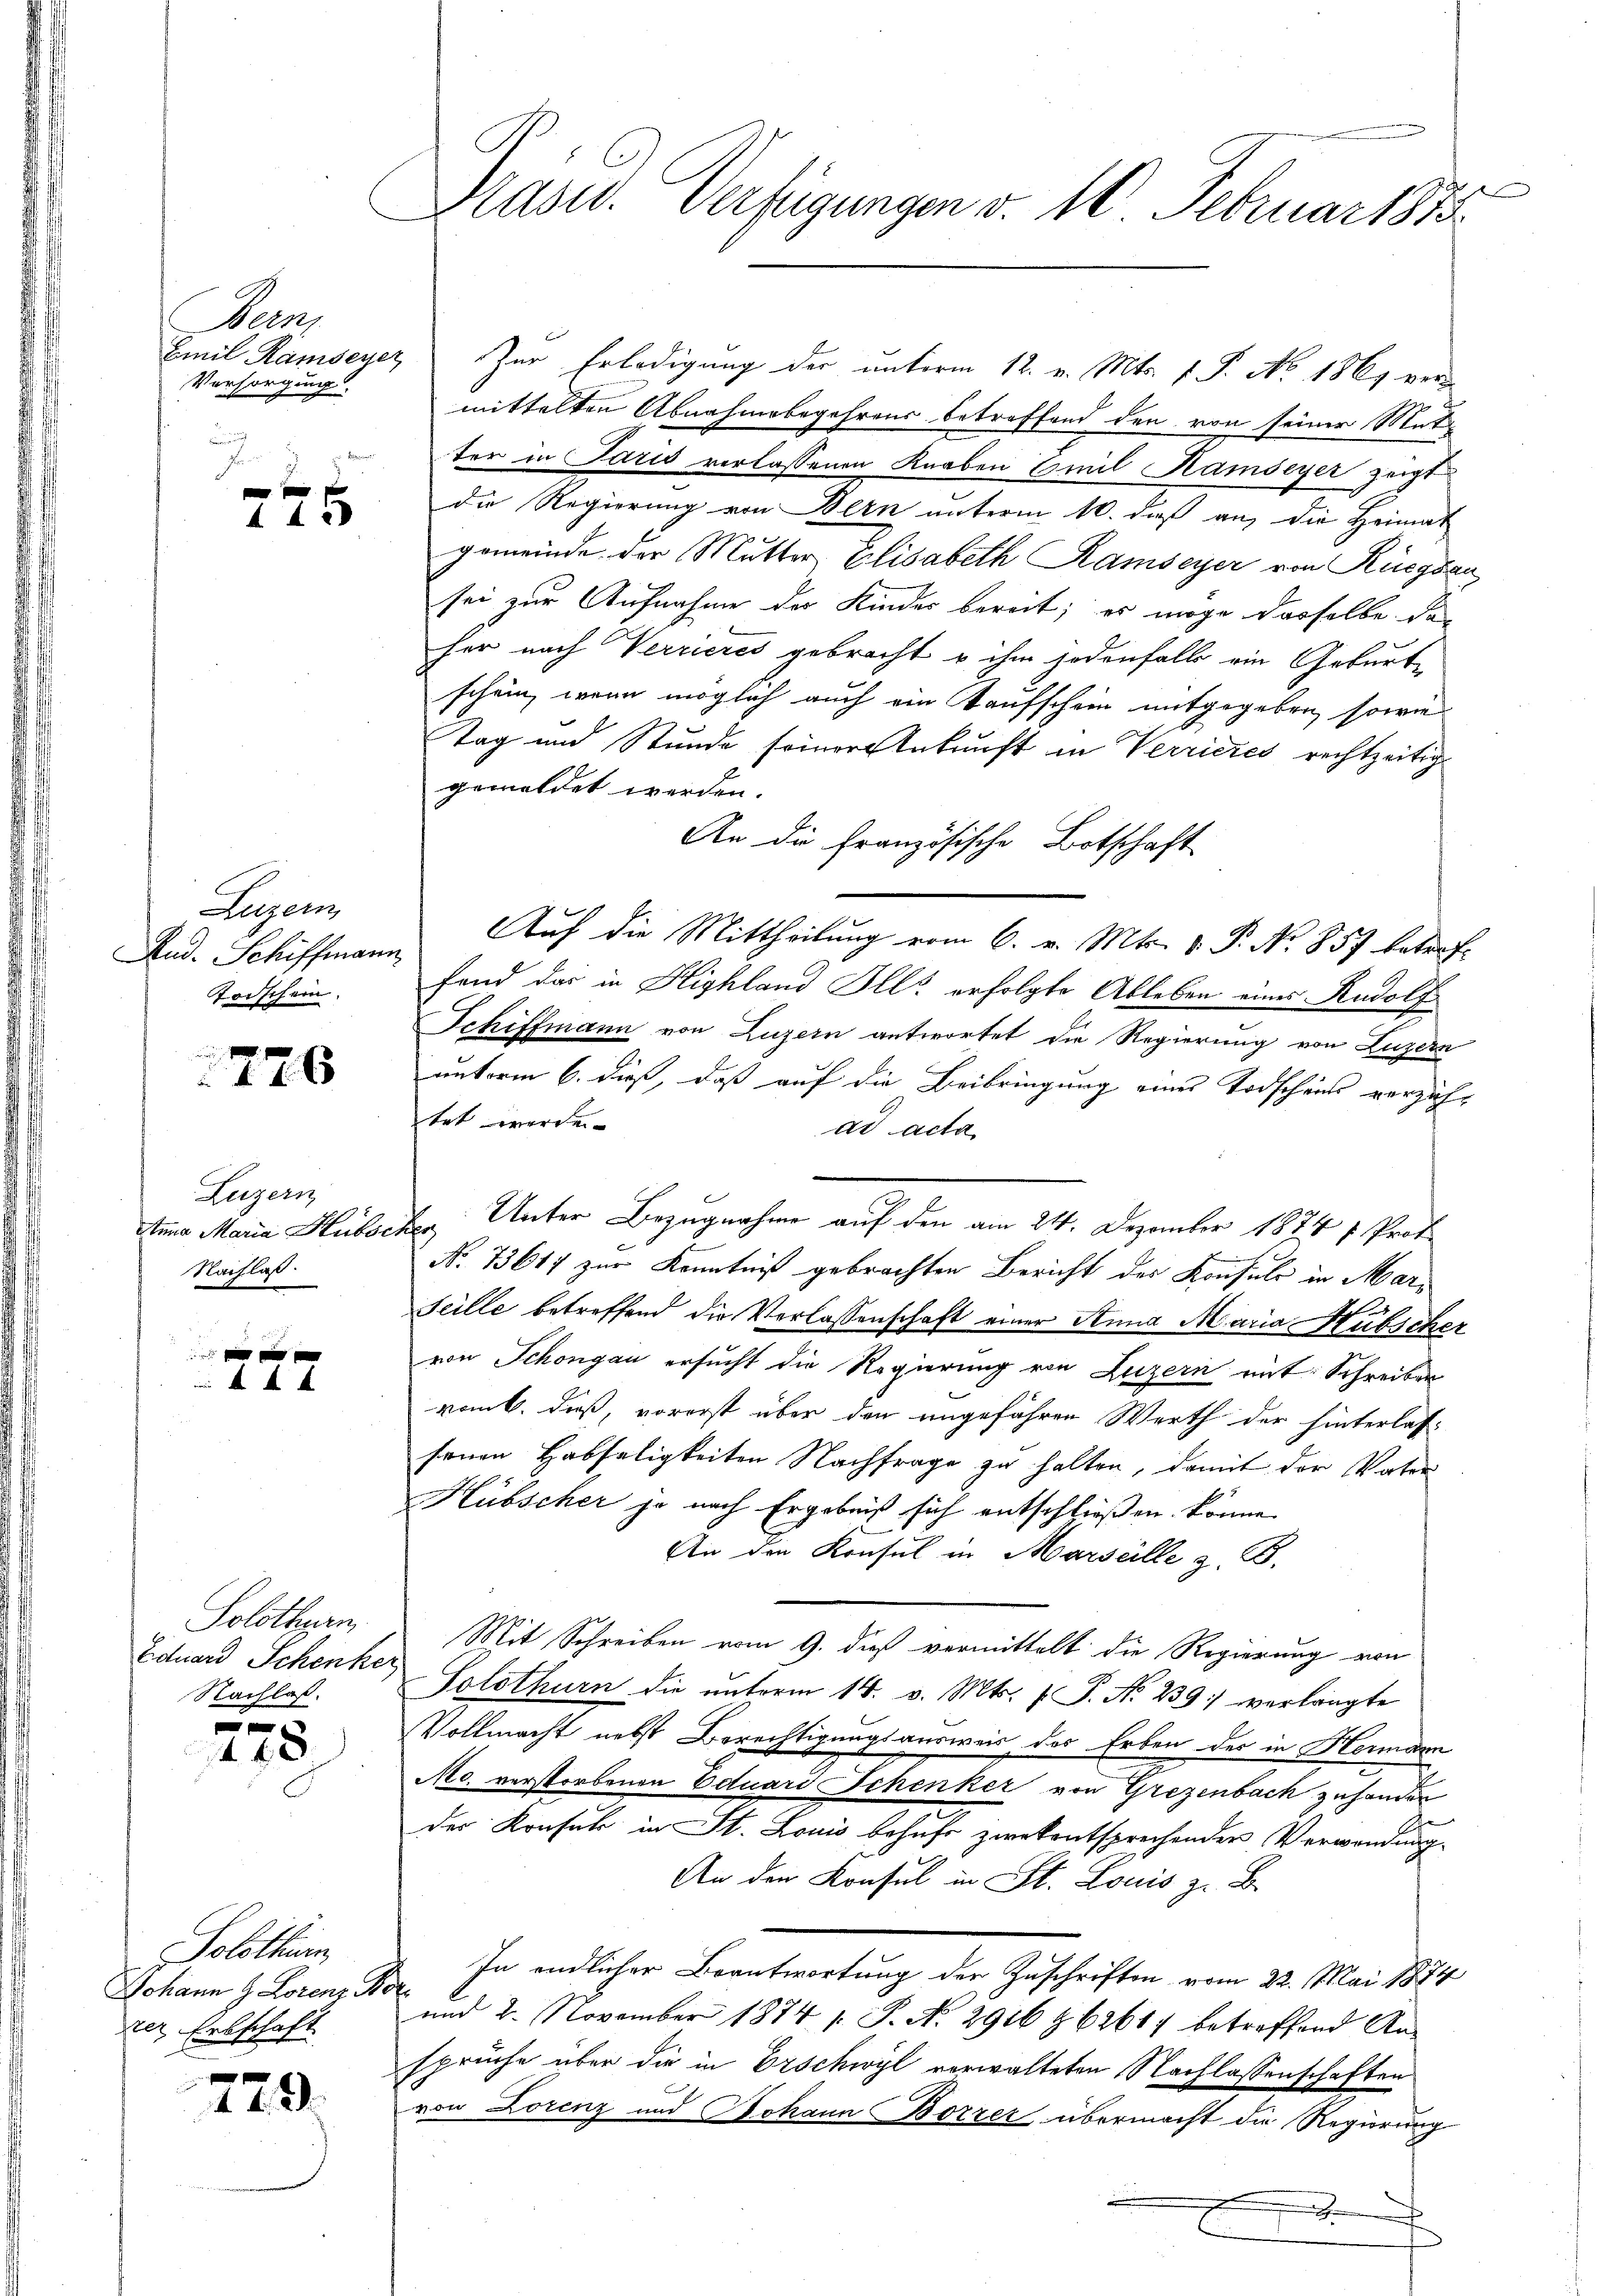
Neun
Versorgung

145

Augen
Rud. Schiffmann
Torschein.

22 x

Luzern
tnna Maria Hubses
Nachlaß.

f 0 x
 xx

Solothurn,
Eduard Schenker
Nachlaß.

s
448

Solothur,
Johann H. Lorenz Br
der Erbschaft

729.

i

Präsid. Verfügungen v. 10 Februar 1888

Emil Ramseyer zur Erledigung der unterm 12. v. Mts. f. P. No. 1861 vermittelten Abnahmebegehrens betreffend den von seiner Mitter in Paris verlassenen Knaben Emil Ramseyer zeigt
die Regierung von Bern unterm 10. daß an, die Heimat
gemeinde der Mutter Elisabeth Ramseyer von Rüegsau
sei zur Aufnahme der Kinder bereit; es möge dasselbe das
her nach Verrieres gebracht u ihm jedenfalls ein Geburt
schein, wenn möglich auch ein Kaufschein mitgegeben, sowie
Tag und Stunde seiner Ankunft in Verrieres rechtzeitig
gemeldet werden.
An die Französische Botschaft
Auf die Mittheilung vom 6. v. Mts. v. P. No. 857 betref-
fand das in Highland Ill. erfolgte Ableben eines Rudolf
Schiffmann von Luzern antwortet die Regierung von Luzern
unterm 6. dieß, daß auf die Beibringung eines Todscheils verzähtet werde.
ad acta
r Unter Bezugnahme auf den am 24. Dezember 1874 7 Prof.
No. 73617 zur Kenntniß gebrachten Bericht des Konsuls in Marseille betreffend die Verlassenschaft einer Stund Maria Hübscher
von Schöngau ersucht die Regierung von Luzern mit Schreiben
vom 6. dieß, vorerst über den angeführen Werth der hinterlas-
senen Habseligkeiten Nachfrage zu halten, damit der Vater
Hübscher je nach Ergebniß sich entschließen könne
An den Konsul in Marselle z. B.
Mit Schreiben vom 9. dieß vermittelt die Regierung von
Solothurn die unterm 14. v. Mts. P. Nr. 239 verlangte
Vollmacht nebst Berechtigungsausweis des Erben des in Hermann
Mo verstorbenen Eduard Schenker von Grezenbach zuhanden
der Konsul in St. Louis behufs zwekentsprechenden Verwendung
An den Konsul in St. Louis z. B.
In endlicher Beantwortung der Zuschriften vom 22. Mai 1874
und 2. November 1874 f. P. Nr. 2916 § 62617 betreffend Ansprüche über die in Erschwyl verwalteten Nachlassenschaften
von Lorenz und Johann Borzer übermacht die Regierung
.